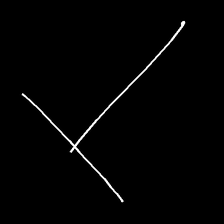
Glyph: column